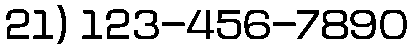
21) 123-456-7890